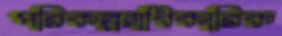
পরিকল্পনাধিকারিক